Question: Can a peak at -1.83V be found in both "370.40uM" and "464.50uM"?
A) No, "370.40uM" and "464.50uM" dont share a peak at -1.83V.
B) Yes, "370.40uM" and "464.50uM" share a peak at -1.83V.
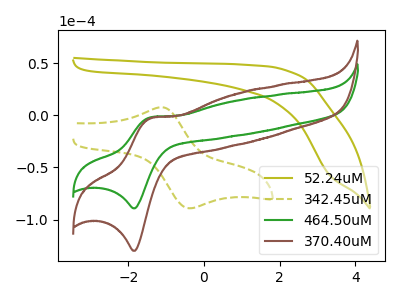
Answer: <think>The olive curve "52.24uM" has no peaks. The olive dashed curve "342.45uM" has an anodic peak at (-1.10V, 7.80uA) and a cathodic peak at (-0.40V, -89.20uA). The green curve "464.50uM" has an anodic peak at (-1.40V, -1.80uA) and a cathodic peak at (-1.85V, -89.20uA). The brown curve "370.40uM" has an anodic peak at (-1.40V, -2.60uA) and a cathodic peak at (-1.85V, -129.95uA).</think>
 <answer>B) Yes, "370.40uM" and "464.50uM" share a peak at -1.83V.</answer>
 <eval>B</eval>